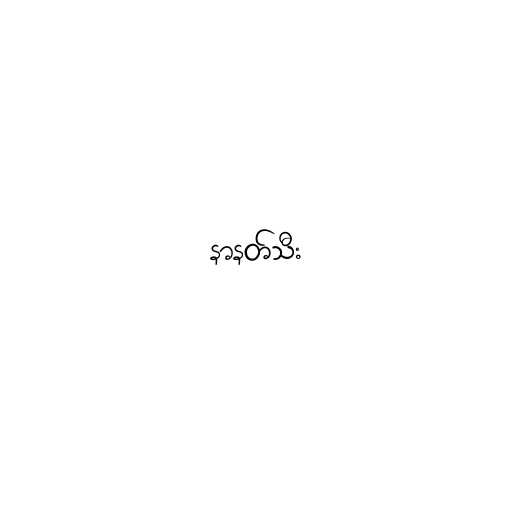
နာနတ်သီး